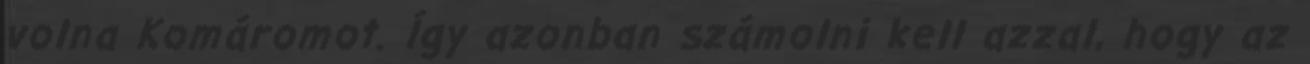
volna Komáromot. Így azonban számolni kell azzal, hogy az